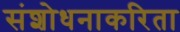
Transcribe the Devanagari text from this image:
संशोधनाकरिता